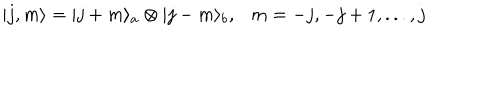
| j , m \rangle = | j + m \rangle _ { a } \otimes | j - m \rangle _ { b } , \ \ \ m = - j , - j + 1 , . . . , j